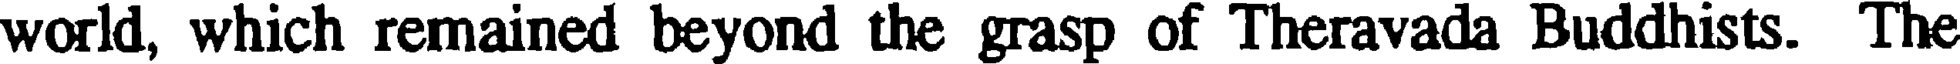
world, which remained beyond the grasp of Theravada Buddhists. The